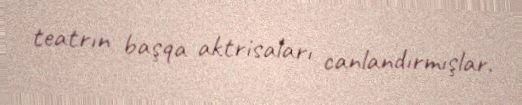
teatrın başqa aktrisaları canlandırmışlar.